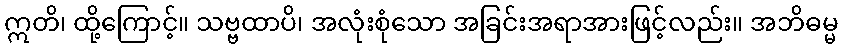
ဣတိ၊ ထို့ကြောင့်။ သဗ္ဗထာပိ၊ အလုံးစုံသော အခြင်းအရာအားဖြင့်လည်း။ အဘိဓမ္မ